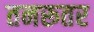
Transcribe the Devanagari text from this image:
तनरूतर